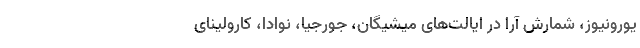
یورونیوز، شمارش آرا در ایالت‌های میشیگان، جورجیا، نوادا، کارولینای